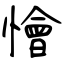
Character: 懀